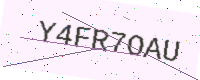
Text: Y4FR7OAU